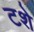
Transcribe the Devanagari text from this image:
टशे